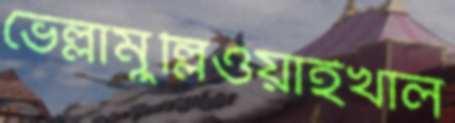
ভেল্লামুল্লিওয়াইখাল